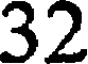
32